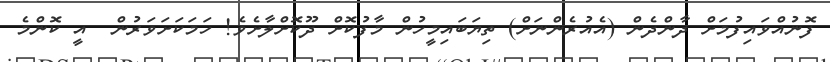
ފޮނުއްވައިފުމަށް ދާންދެން (އެއުރެންނަށް) ތިޔަބައިމީހުން މާފުކޮށް ދޫކޮށްލާށެވެ! ހަމަކަށަވަރުން  އީ ކޮންމެ